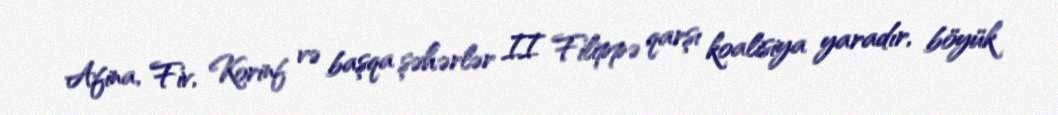
Afina, Fiv, Korinf və başqa şəhərlər II Filippə qarşı koalisiya yaradır, böyük